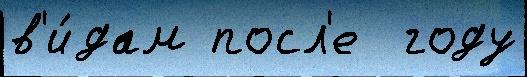
в'и́дам посл'е  году